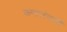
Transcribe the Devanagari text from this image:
कणतरंगाची